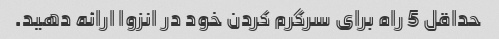
حداقل 5 راه برای سرگرم کردن خود در انزوا ارائه دهید.